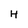
Character: H